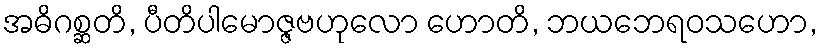
အဓိဂစ္ဆတိ, ပီတိပါမောဇ္ဇဗဟုလော ဟောတိ, ဘယဘေရဝသဟော,